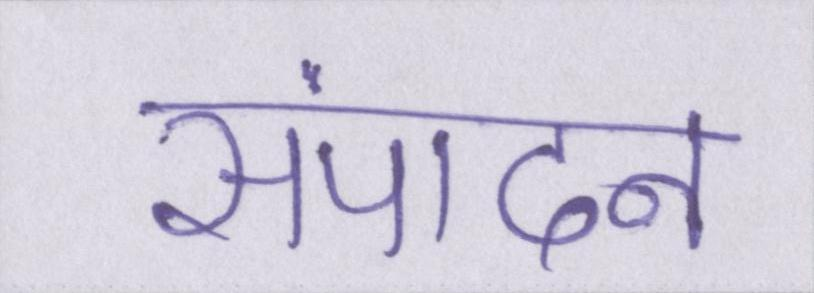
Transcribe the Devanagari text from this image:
संपादन